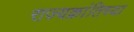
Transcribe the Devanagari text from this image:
राज्यक्रांतिच्या